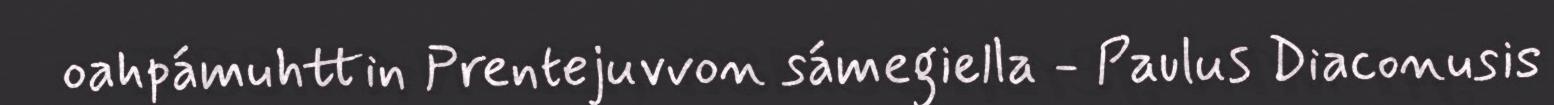
oahpámuhttin Prentejuvvon sámegiella - Paulus Diaconusis